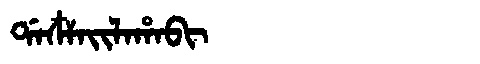
Manchu: ᡩᠠᠴᠶᠠᡳᠯᠠᡥᠠᠪᡳ
Romanization: DACYAILAHABI